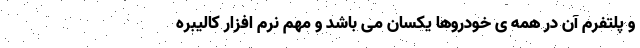
و پلتفرم آن در همه ی خودروها یکسان می باشد و مهم نرم افزار کالیبره